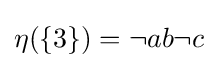
{\textstyle \eta (\{3\})=\neg ab\neg c}